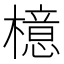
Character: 檍